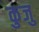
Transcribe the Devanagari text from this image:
कुजु